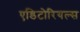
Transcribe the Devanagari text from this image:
एडिटोरियल्स